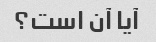
آیا آن است؟